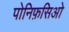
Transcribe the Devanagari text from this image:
पोनिफ़सिओ